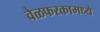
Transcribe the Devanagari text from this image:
वेळफरकामध्ये